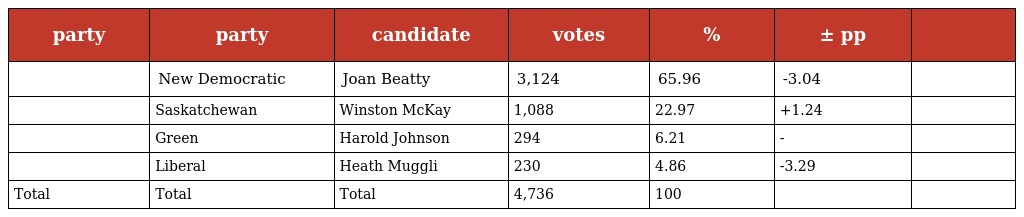
| party | party | candidate | votes | % | ± pp |  |
 | --- | --- | --- | --- | --- | --- | --- |
 |  | New Democratic | Joan Beatty | 3,124 | 65.96 | -3.04 |  |
 |  | Saskatchewan | Winston McKay | 1,088 | 22.97 | +1.24 |  |
 |  | Green | Harold Johnson | 294 | 6.21 | - |  |
 |  | Liberal | Heath Muggli | 230 | 4.86 | -3.29 |  |
 | Total | Total | Total | 4,736 | 100 |  |  |